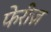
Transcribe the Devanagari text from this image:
फेरीज़